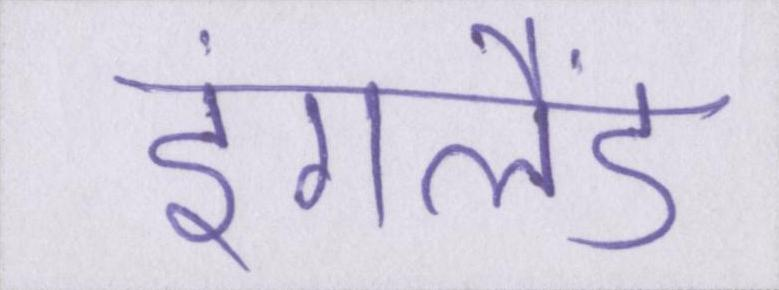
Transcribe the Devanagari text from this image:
इंगलैंड